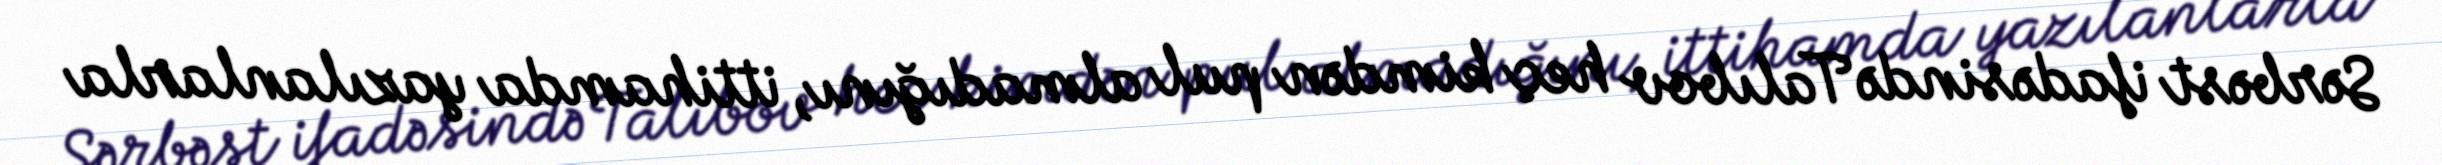
Sərbəst ifadəsində Talıbov heç kimdən pul almadığını, ittihamda yazılanlarla